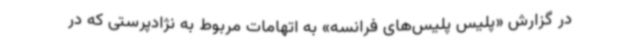
در گزارش «پلیس پلیس‌های فرانسه» به اتهامات مربوط به نژادپرستی که در